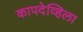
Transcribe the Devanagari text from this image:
कापदेव्हिला